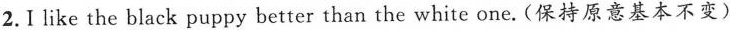
2. I like the black puppy better than the white one. (保持原意基本不变)